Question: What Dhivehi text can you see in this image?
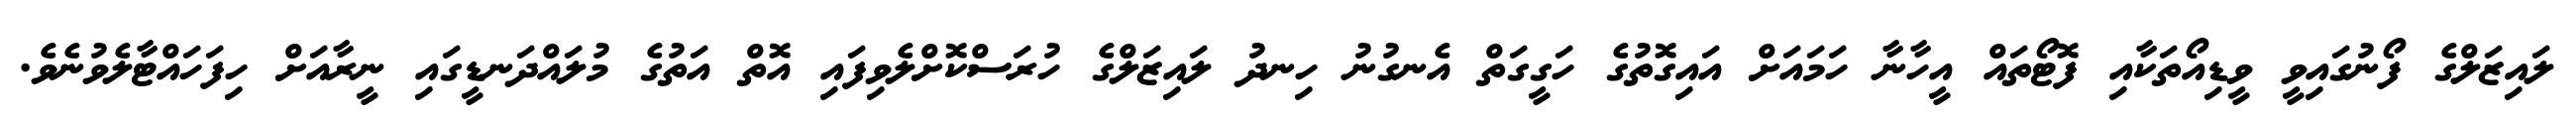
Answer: ލައިޒަލްގެ ފޯނުގައިވީ ވީޑިއޯތަކާއި ފޮޓޯތައް އީހާނާ ހަމައަށް އައިގޮތުގެ ހަގީގަތް އެނގުނު ހިނދު ލައިޒަލްގެ ހުރަސްކޮށްލެވިފައި އޮތް އަތުގެ މުލައްދަނޑީގައި ނީރާއަށް ހިފަހައްޓާލެވުނެވެ.